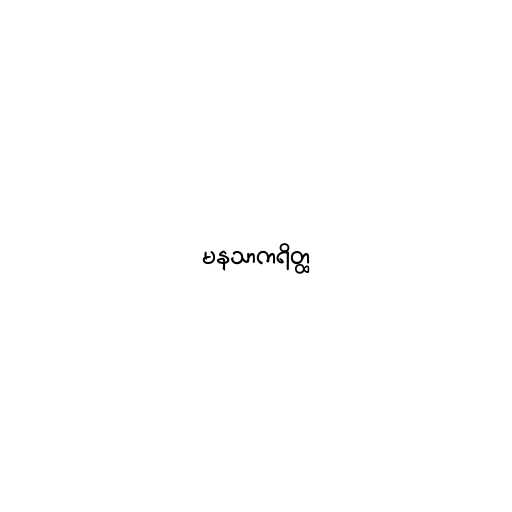
မနသာကရိတ္ထ